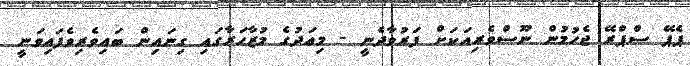
ޕެޕޭ ސްޕްރޭ ޖެހުމުން ނޫސްވެރިއަކަށް ފަރުވާދެނީ - މިއަދުގެ މުޒާހަރާގައި ގިނައިން ބައިވެރިވެފައިވަނީ